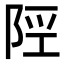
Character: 𨹢